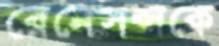
রেনেসন্সকে